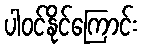
ပါဝင်နိုင်ကြောင်း